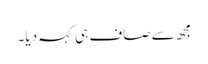
مجھ سے صاف ہی کہہ دِیا۔